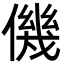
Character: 僟